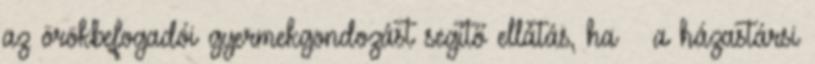
az örökbefogadói gyermekgondozást segítő ellátás, ha – a házastársi